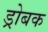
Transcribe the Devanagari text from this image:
ड्रोबक